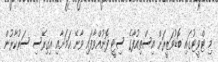
މި ޓްވީޓުގައި ބޮޑުވަޒީރަށް އިސްތިއުފާގެ ސިޓީ ފޮނުއްވާފައި ވާނޭ ކަމަށާއި އިގިރޭސި ސަރުކާރުން